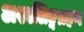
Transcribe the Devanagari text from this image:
अश्वलिङ्गग्रहण